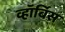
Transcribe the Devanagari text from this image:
व्हॉर्बिस